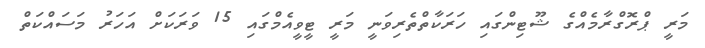
މަރީ ޕްރޮގްރާމެއްގެ ޝޫޓިންގައި ހަރަކާތްތެރިވަނީ މަރީ ޓީވީއެމްގައި 15 ވަރަކަށް އަހަރު މަސައްކަތް